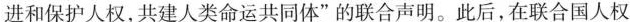
进和保护人权，共建人类命运共同体”的联合声明。此后，在联合国人权